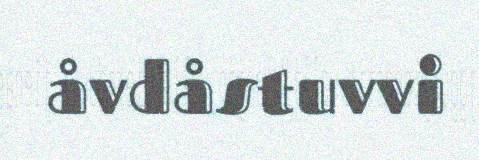
åvdåstuvvi